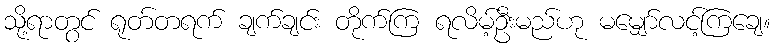
သို့ရာတွင် ရုတ်တရက် ချက်ချင်း တိုက်ကြ ရလိမ့်ဦးမည်ဟု မမျှော်လင့်ကြချေ။